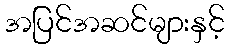
အပြင်အဆင်များနှင့်